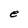
Character: e